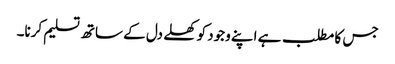
جس کا مطلب ہے اپنے وجود کو کھلے دل کے ساتھ تسلیم کرنا۔